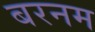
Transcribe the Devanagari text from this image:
बरनम